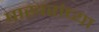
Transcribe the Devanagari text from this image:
पाखरांच्या